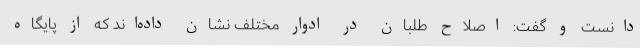
دانست و گفت: اصلاح طلبان در ادوار مختلف نشان داده‌اند که از پایگاه